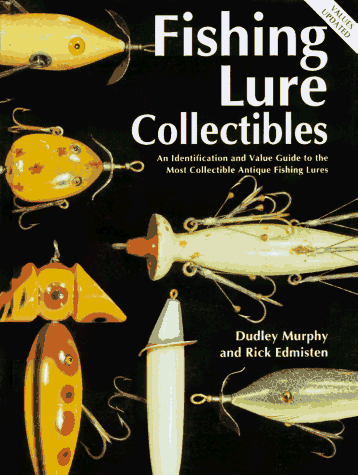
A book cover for Fishing Lure Collectibles: An Identification and Value Guide to the Most Collectible Antique Fishing Lure; Dudley Murphy; Crafts, Hobbies & Home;